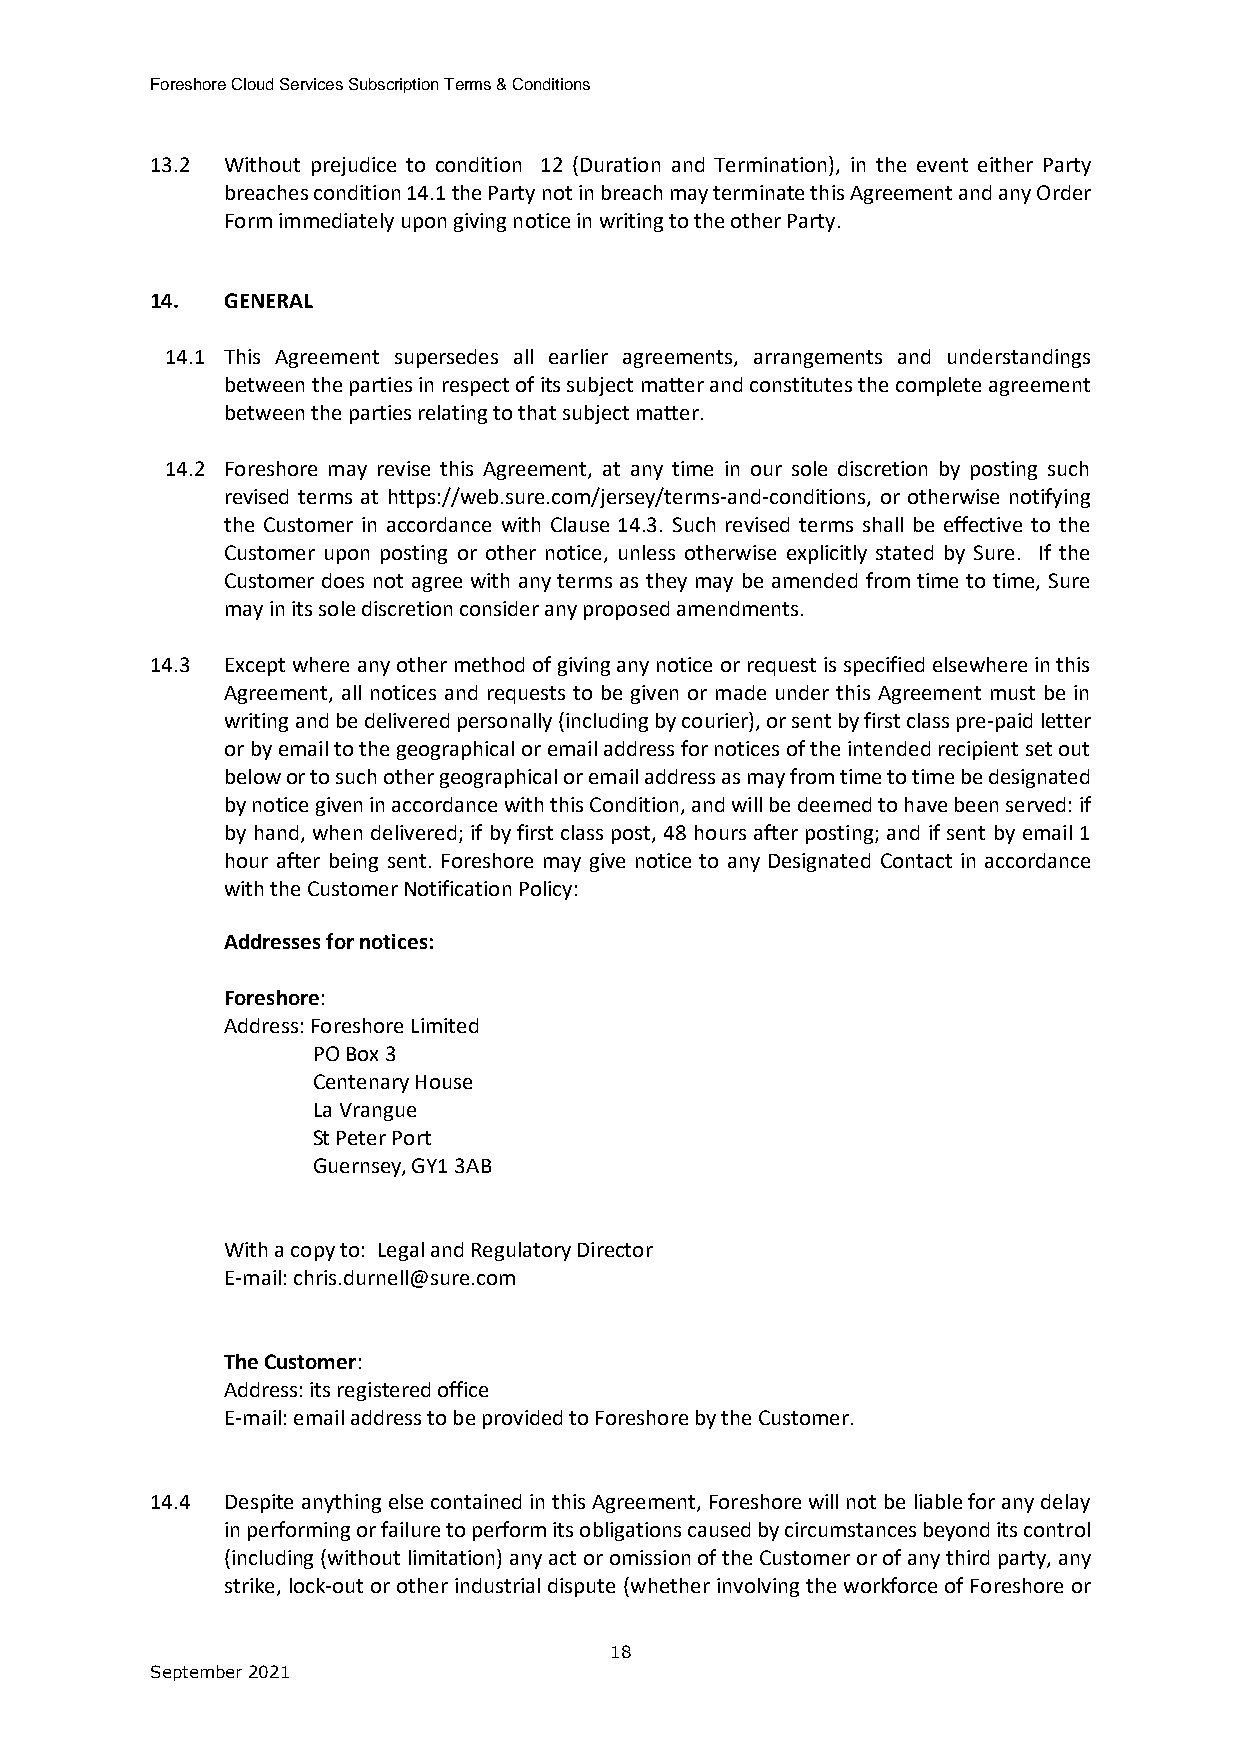
Foreshore Cloud Services Subscription Terms & Conditions
 13.2 Without prejudice to condition 12 (Duration and Termination), in the event either Party
 breaches condition 14.1 the Party not in breach may terminate this Agreement and any Order
 Form immediately upon giving notice in writing to the other Party.
 14.  GENERAL
 14.1 This Agreement supersedes all earlier agreements, arrangements and understandings
 between the parties in respect of its subject matter and constitutes the complete agreement
 between the parties relating to that subject matter.
 14.2 Foreshore may revise this Agreement, at any time in our sole discretion by posting such
 revised terms at https://web.sure.com/jersey/terms-and-conditions, or otherwise notifying
 the Customer in accordance with Clause 14.3. Such revised terms shall be effective to the
 Customer upon posting or other notice, unless otherwise explicitly stated by Sure. If the
 Customer does not agree with any terms as they may be amended from time to time, Sure
 may in its sole discretion consider any proposed amendments.
 14.3 Except where any other method of giving any notice or request is specified elsewhere in this
 Agreement, all notices and requests to be given or made under this Agreement must be in
 writing and be delivered personally (including by courier), or sent by first class pre-paid letter
 or by email to the geographical or email address for notices of the intended recipient set out
 below or to such other geographical or email address as may from time to time be designated
 by notice given in accordance with this Condition, and will be deemed to have been served: if
 by hand, when delivered; if by first class post, 48 hours after posting; and if sent by email 1
 hour after being sent. Foreshore may give notice to any Designated Contact in accordance
 with the Customer Notification Policy:
 Addresses for notices:
 Foreshore:
 Address: Foreshore Limited
 PO Box 3
 Centenary House
 La Vrangue
 St Peter Port
 Guernsey, GY1 3AB
 With a copy to: Legal and Regulatory Director
 E-mail: chris.durnell@sure.com
 The Customer:
 Address: its registered office
 E-mail: email address to be provided to Foreshore by the Customer.
 14.4 Despite anything else contained in this Agreement, Foreshore will not be liable for any delay
 in performing or failure to perform its obligations caused by circumstances beyond its control
 (including (without limitation) any act or omission of the Customer or of any third party, any
 strike, lock-out or other industrial dispute (whether involving the workforce of Foreshore or
 18
 September 2021